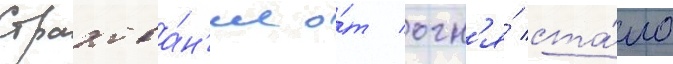
Страхова́н'ие о́т огн'я́ ста́ло